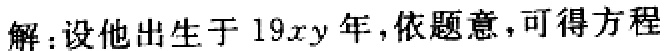
解：设他出生于 \(19xy\) 年，依题意，可得方程